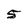
Character: 5